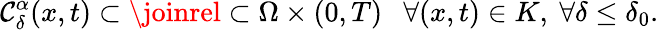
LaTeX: \mathcal{C}_{\delta}^{\alpha}(x,t)\subset\joinrel\subset\Omega\times(0,T)\ \ \ \forall(x,t)\in K,\ \forall\delta\leq\delta_{0}.